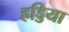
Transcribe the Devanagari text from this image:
हड्डिया